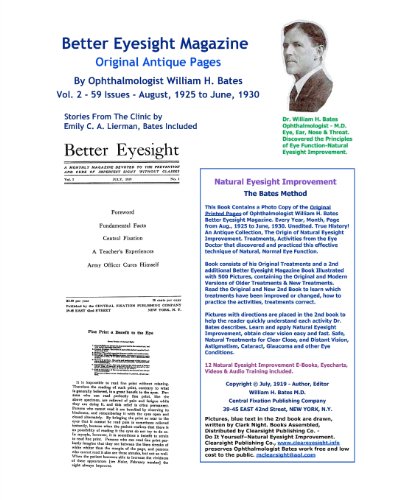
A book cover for Better Eyesight Magazine - Original Antique Pages By Ophthalmologist William H. Bates - Vol. 2 - 59 Issues-August, 1925  to June, 1930: Natural Vision Improvement; William H. Bates; Health, Fitness & Dieting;